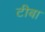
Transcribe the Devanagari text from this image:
टीबा